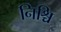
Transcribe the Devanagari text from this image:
निश्चि